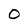
Character: O